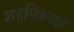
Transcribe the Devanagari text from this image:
शत्रुमित्रपक्ष